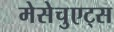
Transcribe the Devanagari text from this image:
मेसेचुएट्स